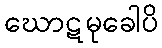
ဃောဋမုခေါပိ